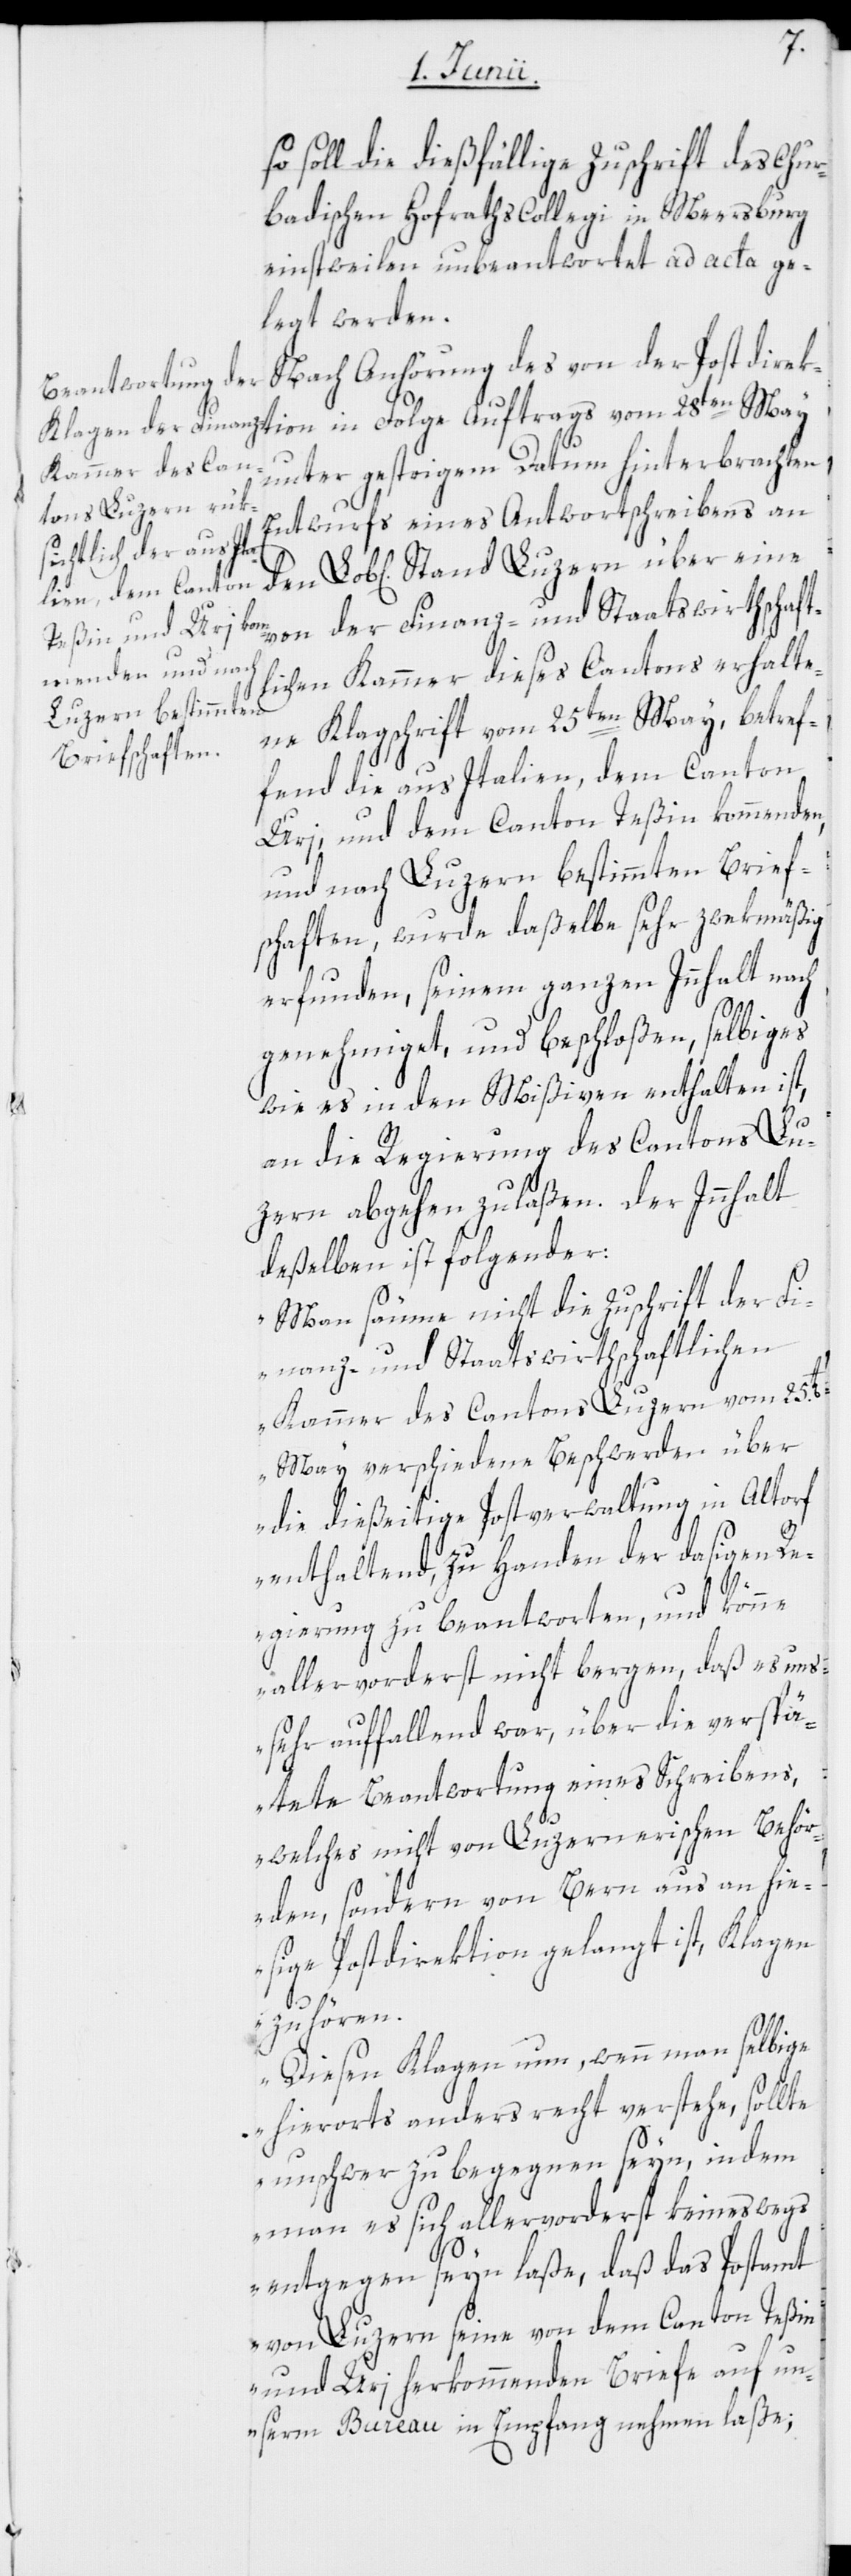
so soll die dießfällige Zuschrift des Chur¬
badischen Hofrathscollegi[i] in Meersburg
einstweilen unbeantwortet ad acta ge¬
legt werden.
Nach Anhörung des von der Postdirekti¬
unter gestrigem Datum hinterbrachten
Entwurfs eines Antwortschreibens an
Lob[lichen] Stand Luzern über eine
von der Finanz- und Staatswirthschaft¬
lichen Kammer dieses Cantons erhalte¬
ne Klagschrift vom 25ten May, betref¬
fend die aus Italien, dem Canton
Uri, und dem Canton Teßin kommenden,
und nach Luzern bestimmten Brief¬
schaften, wurde daßelbe sehr zwekmäßig
erfunden, seinem ganzen Innhalt nach
genehmiget, und beschloßen, selbiges
wie es in den Mißiven enthalten ist,
an die Regierung des Cantons Lu¬
zern abgehen zu laßen. Der Innhalt
deßelben ist folgender:
„Man säume nicht die Zuschrift der Fi¬
nanz- und Staatswirthschaftlichen
Kammer des Cantons Luzern vom 25.t[e¬
n] May verschiedene Beschwerden über
die dießeitige Postverwaltung in Altorf
enthaltend, zu Handen der dasigen R¬
egierung zu beantworten, und könne
allervorderst nicht bergen, daß es un¬
s sehr auffallend war, über die verspä¬
tete Beantwortung eines Schreibens,
welches nicht von Luzernerischen Behör¬
den, sondern von Bern aus an hie¬
ßige Postdirektion gelangt ist, Klagen
zu hören.
Diesen Klagen nun, wenn man selbige
hierorts anders recht verstehe, sollte
on
unschwer zu begegnen seyn, indem
man es sich allervorderst keineswegs
entgegen seyn laße, daß das Postamt
von Luzern seine von dem Canton Teßin
und Uri herkommenden Briefe auf un¬
serm Bureau in Empfang nehmen laße;